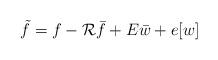
LaTeX: \begin{align*}\tilde{f} = f - \mathcal{R}\bar f + E \bar w + e[w]\end{align*}